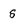
Character: s